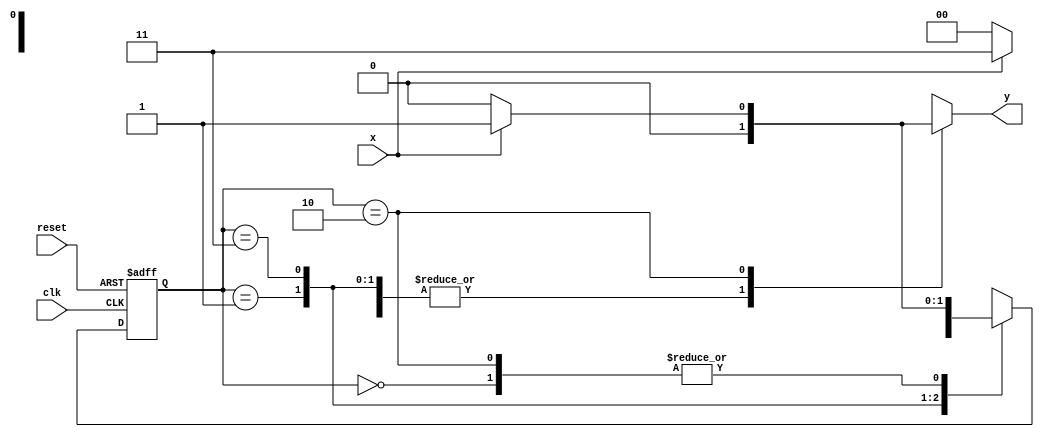
// -----Nome: Guilherme Moreira Nunes
// -----Matricula: 408947
// -------------- 
// --- Mealy FSM 
// -------------- 
/*
                Mealy FSM Diagram
                   _____________________
                  /                     \
            1    v     1            0  1 | // found
   [start] ---> [id1] ---> [id11] ---> [id110]
     ^  \0      0 |        1/ ^        0 | // not found
      \_/        /          \__/         |
       \________/                       /
        \                              /
         \____________________________/
*/
// constant definitions
`define found    1
`define notfound 0

// FSM by Mealy
module Mealy1101( y, x, clk, reset );
 output y;
 input  x;
 input  clk;
 input  reset;

 reg    y;

 parameter         // state identifiers 
   start  = 2'b00,
   id1    = 2'b01,
   id11   = 2'b11,
   id110  = 2'b10;

   reg [1:0] E1;	// current state variables
   reg [1:0] E2;	// next state logic output

// next state logic
   always @( x or E1 )
    begin
     y = `notfound;
     case ( E1 )
      start:
        if ( x )
         E2 = id1;
        else
         E2 = start;
      id1:
        if ( x )
         E2 = id11;
        else
         E2 = start;
      id11:
        if ( x )
         E2 = id11;
        else
         E2 = id110;
      id110:
        if ( x )
	 begin
	   E2 =  id1;
	   y  = `found;
	 end
	else
	 begin
	   E2 =  start;
	   y  = `notfound;
	 end
      default:   // undefined state
           E2 =  2'bxx;
     endcase
    end // always at signal or state changing

// state variables
   always @( posedge clk or negedge reset )
    begin
     if ( reset )
      E1 = E2;    // updates current state
     else
      E1 = 0;     // reset
    end // always at signal changing

endmodule // seq1101_mealy